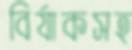
বির্যাকসহ